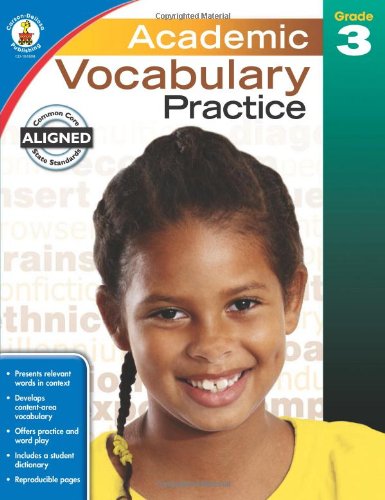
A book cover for Academic Vocabulary Practice, Grade 3; Reference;